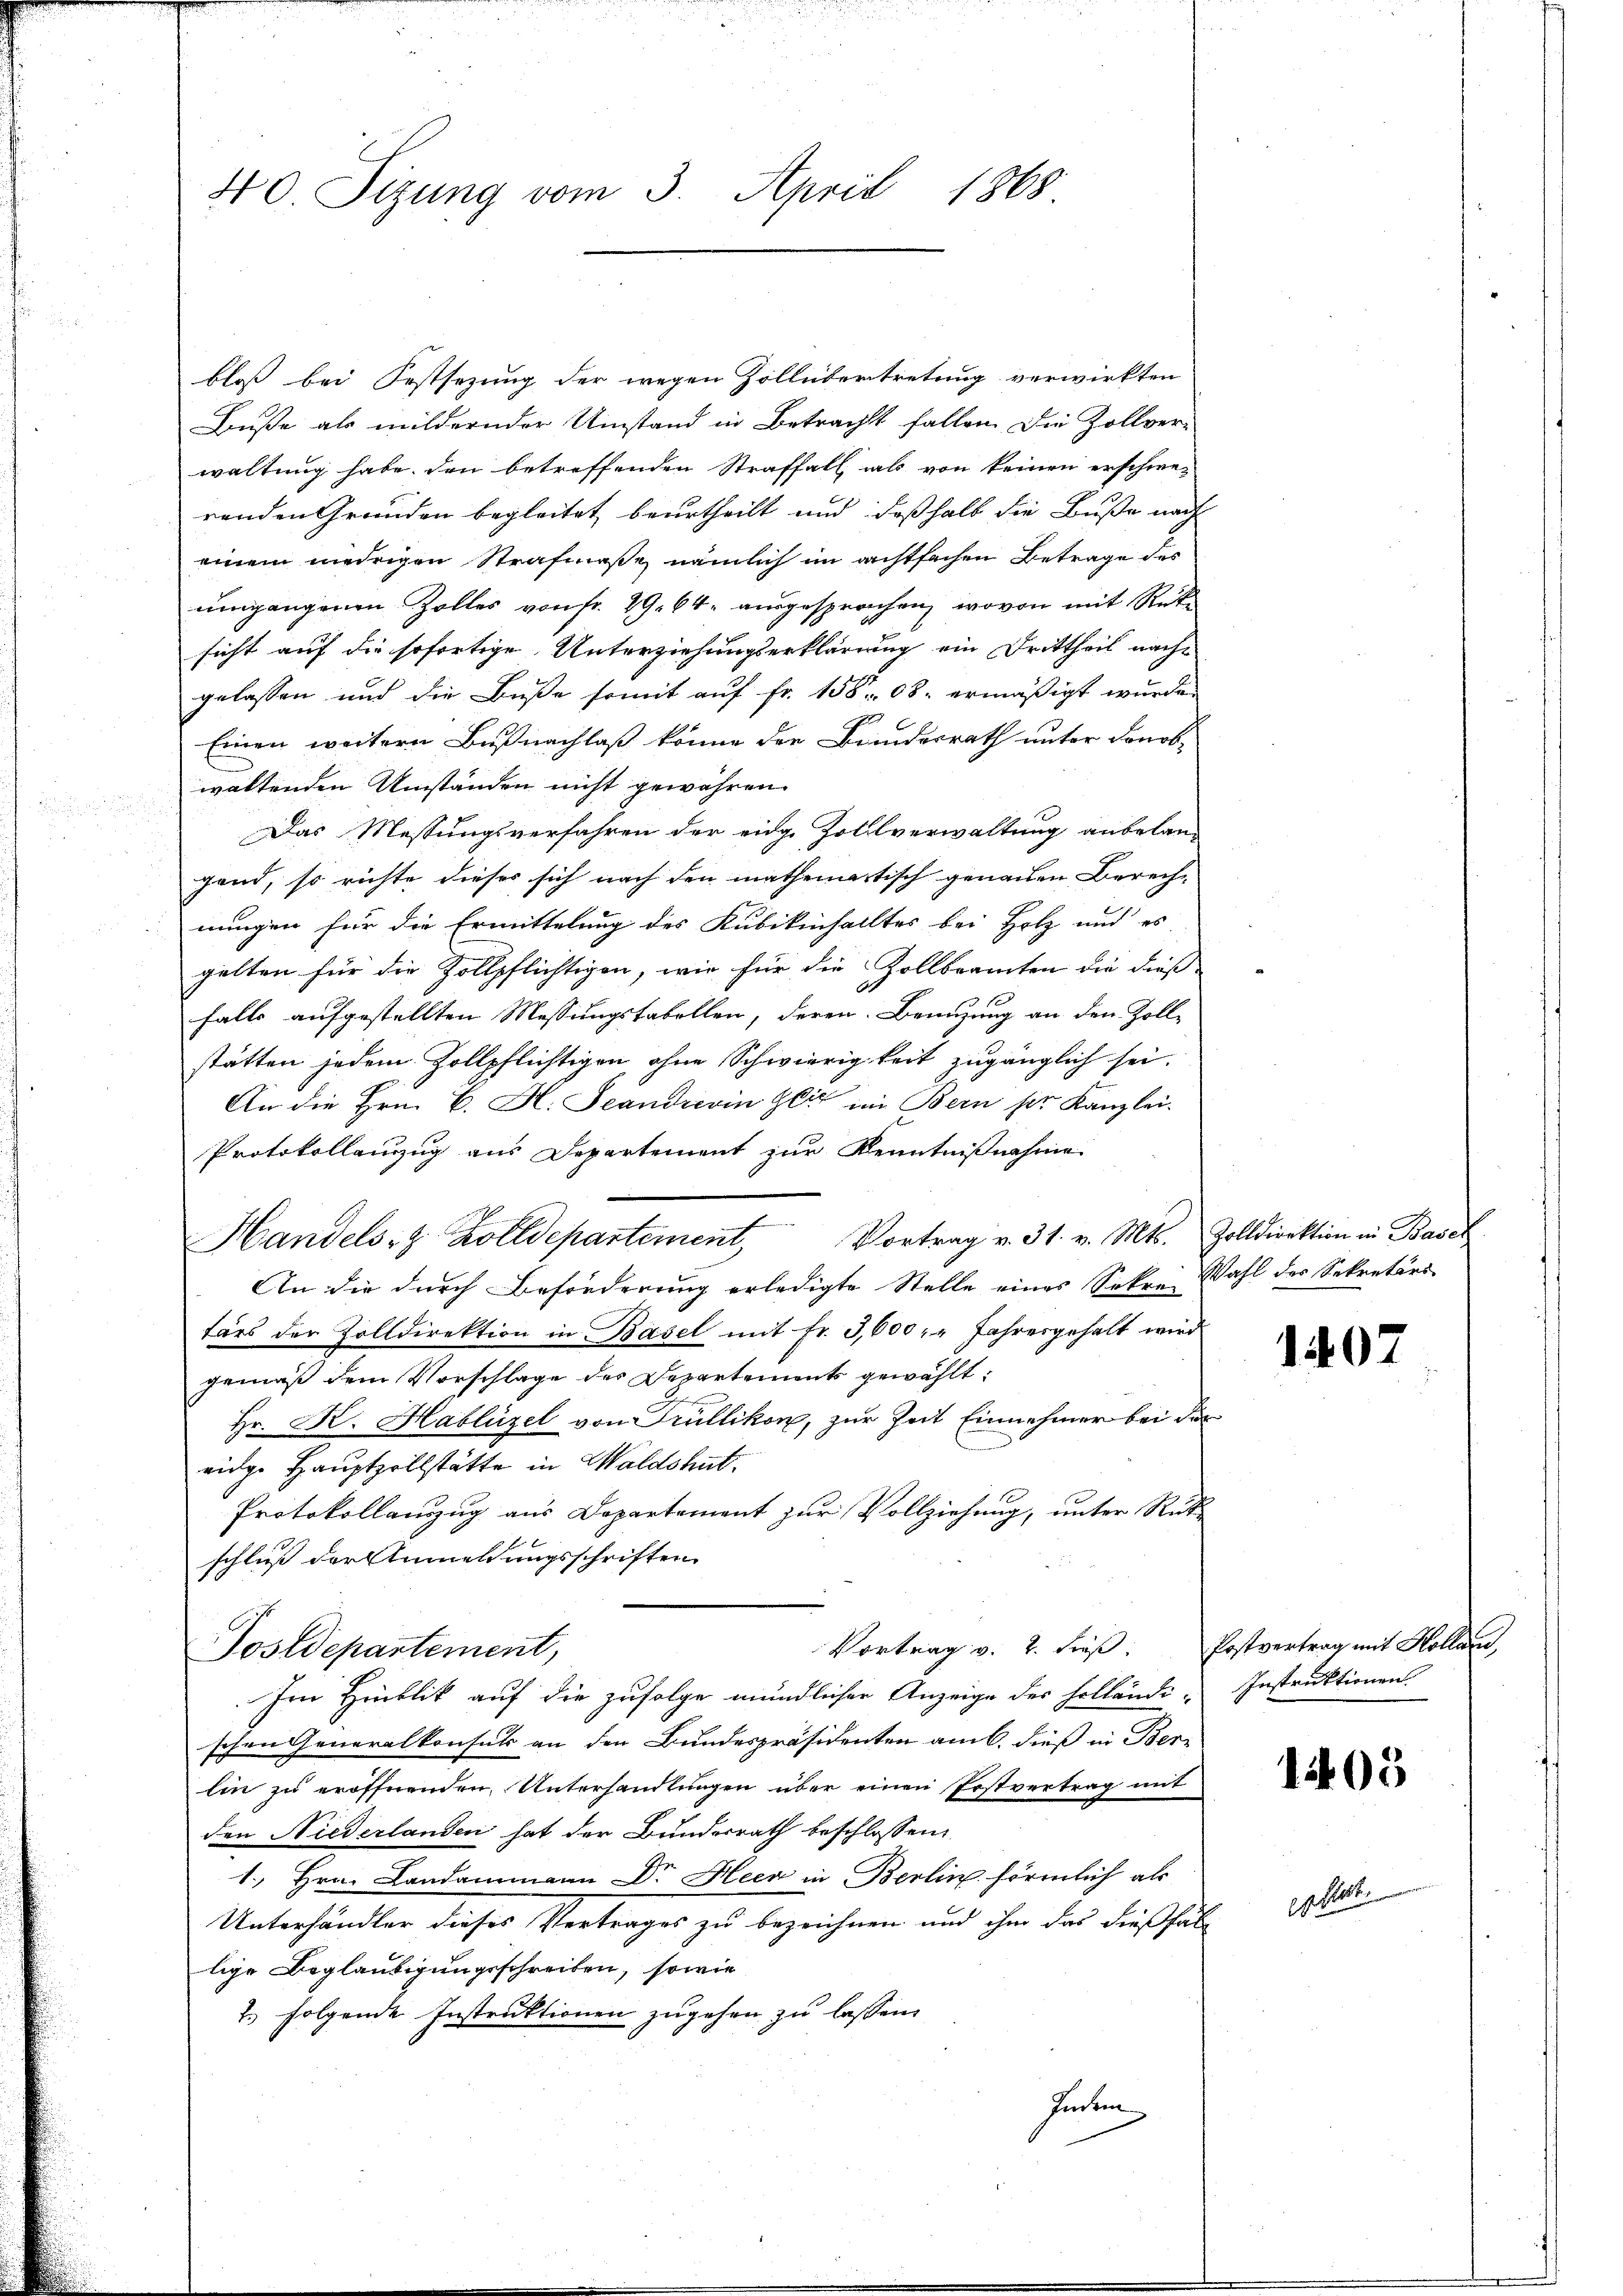
40 Sizung vom 3. April 1868

bloß bei Festsezung der wegen Zollübertretung verwirkten
Buße als mildernder Umstand in Betracht fallen. Die Zollver-
waltung habe, den betreffenden Straffall, als von keinen erschwe-
renden Grunden begleitet beurtheilt und deßhalb die Buße nach
einem niedrigen Strafmaße nämlich im achtfachen Betrage des
umgangenen Zolles von fr. 29. 64 ausgesprochen, wovon mit Rüksicht auf die sofortige Unterziehungserklärung ein Drittheil nachgelassen und die Buße somit auf Fr. 15808. ermäßigt wurde.
Einen weitern Bußnachlaß könne der Bundesrath unter Fonob-
waltenden Umständen nicht gewähren.
Das Messungsverfahren der einge Zollverwaltung anbelan-
gand, so richte dieses sich nach den mathematisch genachen Berech-
nungen für die Ermittelung des Kubikinhalltes bei Holz und es
gelten für die Zollpflichtigen, wie für die Zollbeamten die dieß-
falls aufgestellten Messungstabellen, deren Benuzung an den Zolle
stätten jedem Zollpflichtigen ohne Schwierigkeit zugänglich sei.
An die Hrn. B. H. Scandrerin gli im Bern sie Kanzlei-
Protokollenzug aus Departement zur Kenntnißnahme
Vortrag v. 31. v. Mts.
Handels- & Zolldepartement,
An die durch Beförderung erledigte Stelle eines Sekr. Wahl des Sekretärs
tärs der Zolldirektion in Basel mit Fr. 3,600 : " Jahresgehalt wird
gemäß dem Vorschlage der Departements gewählt:
Hr. K. Hablützel von Trüllikon, zur Zeit Einnehmer bei der
eidge Hauptzollstätte in Waldshut.
Protokollauszug aus Departement zur Vollziehung, unter Rück
schluß der Anmeldungsschriften
Vortrag v. 2. Freß.
Sostdepartement,
Im Hinblik auf die zufolge mündlicher Anzeige des Holländi- Instruktionen
schen Generalkonsuls an den Bundespräsidenten am 6. dieß in Ber-
lin zu eröffnenden Unterhandlungen über einen Postvertrag mit
den Niederlanden hat der Bundesrath beschlossen:
1. Hrn. Landammann Dr. Heer in Berlin förmlich als
Unterhändler dieses Vertrages zu bezeichnen und ihm das dießfällige Beglaubigungsschreiben, sowie
2. folgende Instruktionen zugehen zu lassen.
hinten

äs

Zolldirektion in Basel

1407

Postvertrag mit Kollar,

195